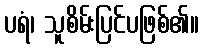
ပရံ၊ သူစိမ်းပြင်ပဖြစ်၏။